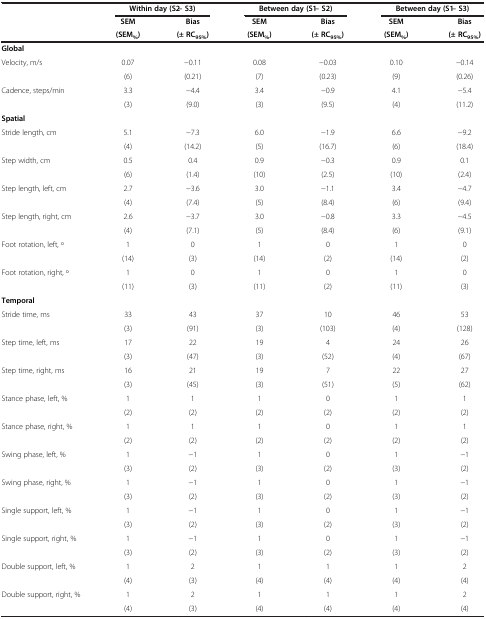
<table><thead><tr><td><b> </b></td><td colspan="2"><b>Within day (S2 – S3)</b></td><td colspan="2"><b>Between day (S1 – S2)</b></td><td colspan="2"><b>Between day (S1 – S3)</b></td></tr><tr><td><b> </b></td><td><b>SEM</b></td><td><b>Bias</b></td><td><b>SEM</b></td><td><b>Bias</b></td><td><b>SEM</b></td><td><b>Bias</b></td></tr><tr><td><b> </b></td><td><b>(SEM<sub>%</sub>)</b></td><td><b>(± RC<sub>95%</sub>)</b></td><td><b>(SEM<sub>%</sub>)</b></td><td><b>(± RC<sub>95%</sub>)</b></td><td><b>(SEM<sub>%</sub>)</b></td><td><b>(± RC<sub>95%</sub>)</b></td></tr></thead><tbody><tr><td><b>Global</b></td><td> </td><td> </td><td> </td><td> </td><td> </td><td> </td></tr><tr><td>Velocity, m/s</td><td>0.07</td><td>−0.11</td><td>0.08</td><td>−0.03</td><td>0.10</td><td>−0.14</td></tr><tr><td> </td><td>(6)</td><td>(0.21)</td><td>(7)</td><td>(0.23)</td><td>(9)</td><td>(0.26)</td></tr><tr><td>Cadence, steps/min</td><td>3.3</td><td>−4.4</td><td>3.4</td><td>−0.9</td><td>4.1</td><td>−5.4</td></tr><tr><td> </td><td>(3)</td><td>(9.0)</td><td>(3)</td><td>(9.5)</td><td>(4)</td><td>(11.2)</td></tr><tr><td><b>Spatial</b></td><td> </td><td> </td><td> </td><td> </td><td> </td><td> </td></tr><tr><td>Stride length, cm</td><td>5.1</td><td>−7.3</td><td>6.0</td><td>−1.9</td><td>6.6</td><td>−9.2</td></tr><tr><td> </td><td>(4)</td><td>(14.2)</td><td>(5)</td><td>(16.7)</td><td>(6)</td><td>(18.4)</td></tr><tr><td>Step width, cm</td><td>0.5</td><td>0.4</td><td>0.9</td><td>−0.3</td><td>0.9</td><td>0.1</td></tr><tr><td> </td><td>(6)</td><td>(1.4)</td><td>(10)</td><td>(2.5)</td><td>(10)</td><td>(2.4)</td></tr><tr><td>Step length, left, cm</td><td>2.7</td><td>−3.6</td><td>3.0</td><td>−1.1</td><td>3.4</td><td>−4.7</td></tr><tr><td> </td><td>(4)</td><td>(7.4)</td><td>(5)</td><td>(8.4)</td><td>(6)</td><td>(9.4)</td></tr><tr><td>Step length, right, cm</td><td>2.6</td><td>−3.7</td><td>3.0</td><td>−0.8</td><td>3.3</td><td>−4.5</td></tr><tr><td> </td><td>(4)</td><td>(7.1)</td><td>(5)</td><td>(8.4)</td><td>(6)</td><td>(9.1)</td></tr><tr><td>Foot rotation, left, o</td><td>1</td><td>0</td><td>1</td><td>0</td><td>1</td><td>0</td></tr><tr><td> </td><td>(14)</td><td>(3)</td><td>(14)</td><td>(2)</td><td>(14)</td><td>(2)</td></tr><tr><td>Foot rotation, right, o</td><td>1</td><td>0</td><td>1</td><td>0</td><td>1</td><td>0</td></tr><tr><td> </td><td>(11)</td><td>(3)</td><td>(11)</td><td>(2)</td><td>(11)</td><td>(3)</td></tr><tr><td><b>Temporal</b></td><td> </td><td> </td><td> </td><td> </td><td> </td><td> </td></tr><tr><td>Stride time, ms</td><td>33</td><td>43</td><td>37</td><td>10</td><td>46</td><td>53</td></tr><tr><td> </td><td>(3)</td><td>(91)</td><td>(3)</td><td>(103)</td><td>(4)</td><td>(128)</td></tr><tr><td>Step time, left, ms</td><td>17</td><td>22</td><td>19</td><td>4</td><td>24</td><td>26</td></tr><tr><td> </td><td>(3)</td><td>(47)</td><td>(3)</td><td>(52)</td><td>(4)</td><td>(67)</td></tr><tr><td>Step time, right, ms</td><td>16</td><td>21</td><td>19</td><td>7</td><td>22</td><td>27</td></tr><tr><td> </td><td>(3)</td><td>(45)</td><td>(3)</td><td>(51)</td><td>(5)</td><td>(62)</td></tr><tr><td>Stance phase, left, %</td><td>1</td><td>1</td><td>1</td><td>0</td><td>1</td><td>1</td></tr><tr><td> </td><td>(2)</td><td>(2)</td><td>(2)</td><td>(2)</td><td>(2)</td><td>(2)</td></tr><tr><td>Stance phase, right, %</td><td>1</td><td>1</td><td>1</td><td>0</td><td>1</td><td>1</td></tr><tr><td> </td><td>(2)</td><td>(2)</td><td>(2)</td><td>(2)</td><td>(2)</td><td>(2)</td></tr><tr><td>Swing phase, left, %</td><td>1</td><td>−1</td><td>1</td><td>0</td><td>1</td><td>−1</td></tr><tr><td> </td><td>(3)</td><td>(2)</td><td>(3)</td><td>(2)</td><td>(3)</td><td>(2)</td></tr><tr><td>Swing phase, right, %</td><td>1</td><td>−1</td><td>1</td><td>0</td><td>1</td><td>−1</td></tr><tr><td> </td><td>(3)</td><td>(2)</td><td>(3)</td><td>(2)</td><td>(3)</td><td>(2)</td></tr><tr><td>Single support, left, %</td><td>1</td><td>−1</td><td>1</td><td>0</td><td>1</td><td>−1</td></tr><tr><td> </td><td>(3)</td><td>(2)</td><td>(3)</td><td>(2)</td><td>(3)</td><td>(2)</td></tr><tr><td>Single support, right, %</td><td>1</td><td>−1</td><td>1</td><td>0</td><td>1</td><td>−1</td></tr><tr><td> </td><td>(3)</td><td>(2)</td><td>(3)</td><td>(2)</td><td>(3)</td><td>(2)</td></tr><tr><td>Double support, left, %</td><td>1</td><td>2</td><td>1</td><td>1</td><td>1</td><td>2</td></tr><tr><td> </td><td>(4)</td><td>(3)</td><td>(4)</td><td>(4)</td><td>(4)</td><td>(4)</td></tr><tr><td>Double support, right, %</td><td>1</td><td>2</td><td>1</td><td>1</td><td>1</td><td>2</td></tr><tr><td> </td><td>(4)</td><td>(3)</td><td>(4)</td><td>(4)</td><td>(4)</td><td>(4)</td></tr></tbody></table>